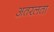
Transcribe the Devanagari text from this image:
अतरलता